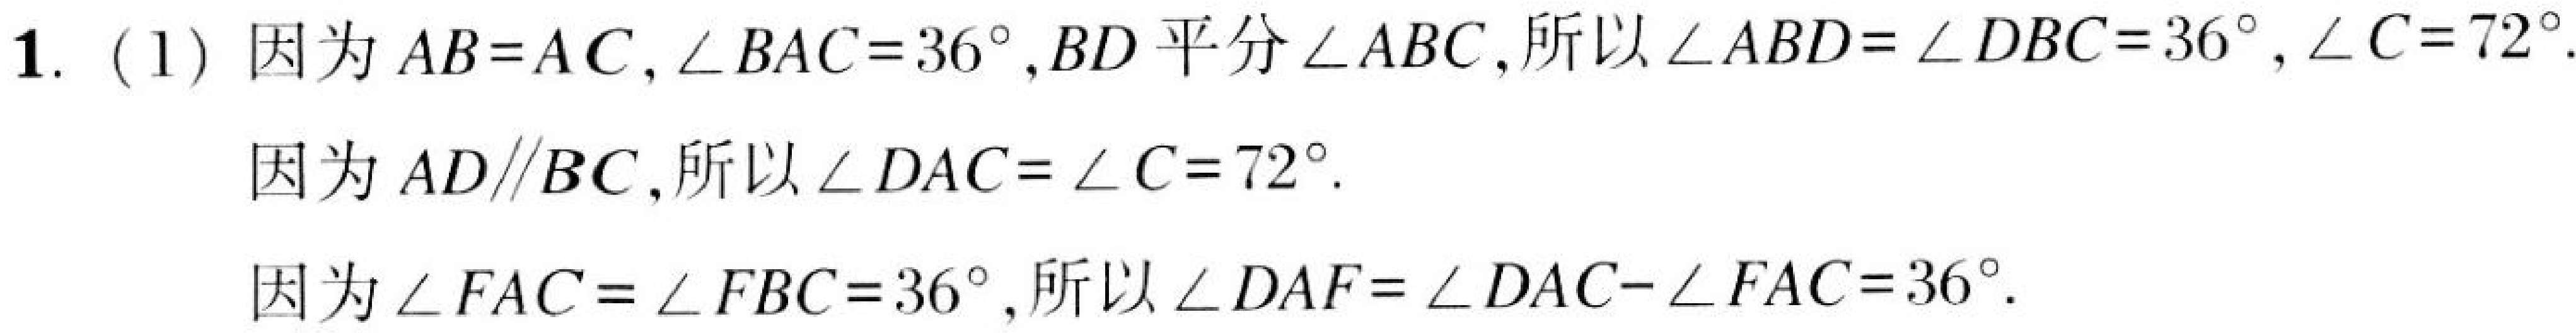
1. (1) 因为\(AB = AC\)，\(\angle BAC = 36^{\circ}\)，\(BD\)平分\(\angle ABC\)，所以\(\angle ABD=\angle DBC = 36^{\circ}\)，\(\angle C = 72^{\circ}\).
因为\(AD\parallel BC\)，所以\(\angle DAC=\angle C = 72^{\circ}\).
因为\(\angle FAC=\angle FBC = 36^{\circ}\)，所以\(\angle DAF=\angle DAC-\angle FAC = 36^{\circ}\).